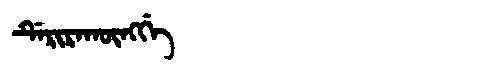
Manchu: ᡩᡝᡵᡳᡵᠠᡴᡡᠩᡤᡝ
Romanization: DERIRAKŪNGGE